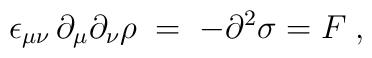
\epsilon_{\mu\nu} \, \partial_\mu \partial_\nu \rho \;=\; -  \partial^2 \sigma = F\;,